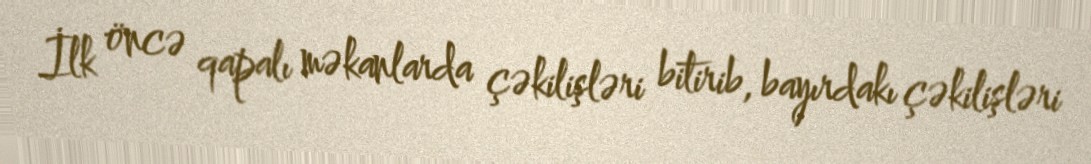
İlk öncə qapalı məkanlarda çəkilişləri bitirib, bayırdakı çəkilişləri